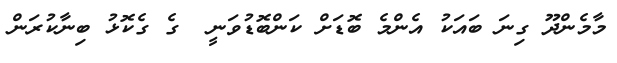
މާމެންދޫ ގިނަ ބައަކު އެންމެ ބޮޑަށް ކަންބޮޑުވަނީ  ގެ ގެކޮޅު ބިނާކުރަން